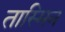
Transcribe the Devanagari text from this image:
तास्मिन